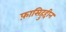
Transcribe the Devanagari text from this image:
फ़ासिहुद्दीन